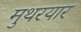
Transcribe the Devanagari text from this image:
मुथरयार